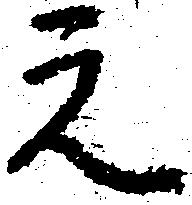
元